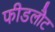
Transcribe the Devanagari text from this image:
फीडलौट